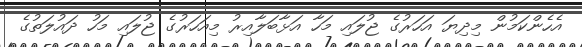
އެހެންކަމުން މިދިޔަ އަހަރުގެ ޖުލައި މަހާ އަޅާބަލާއިރު މިއަހަރުގެ ޖުލައި މަހު ދައުލަތުގެ